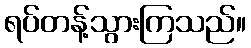
ရပ်တန့်သွားကြသည်။